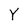
Character: Y